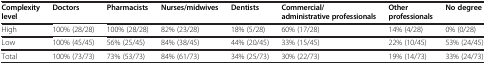
| Complexity level | Doctors | Pharmacists | Nurses/midwives | Dentists | Commercial/administrative professionals | Other professionals | No degree |
 | --- | --- | --- | --- | --- | --- | --- | --- |
 | High | 100% (28/28) | 100% (28/28) | 82% (23/28) | 18% (5/28) | 60% (17/28) | 14% (4/28) | 0% (0/28) |
 | Low | 100% (45/45) | 56% (25/45) | 84% (38/45) | 44% (20/45) | 33% (15/45) | 22% (10/45) | 53% (24/45) |
 | Total | 100% (73/73) | 73% (53/73) | 84% (61/73) | 34% (25/73) | 30% (22/73) | 19% (14/73) | 33% (24/73) |